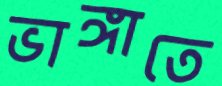
ভাঙ্গাতে